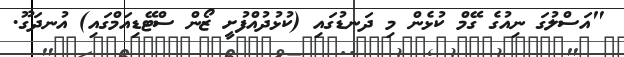
"އަސްލުގަ ނިއުގެ ގޭމް ކުޅެން މި ދަނޑުގައި (ކުޅުދުއްފުށީ ޒޯން ސްޓޭޑިއަމްގައި) އުނދަގޫ.